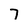
Character: 7